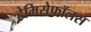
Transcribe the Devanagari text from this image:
हेमिसेफॉलस